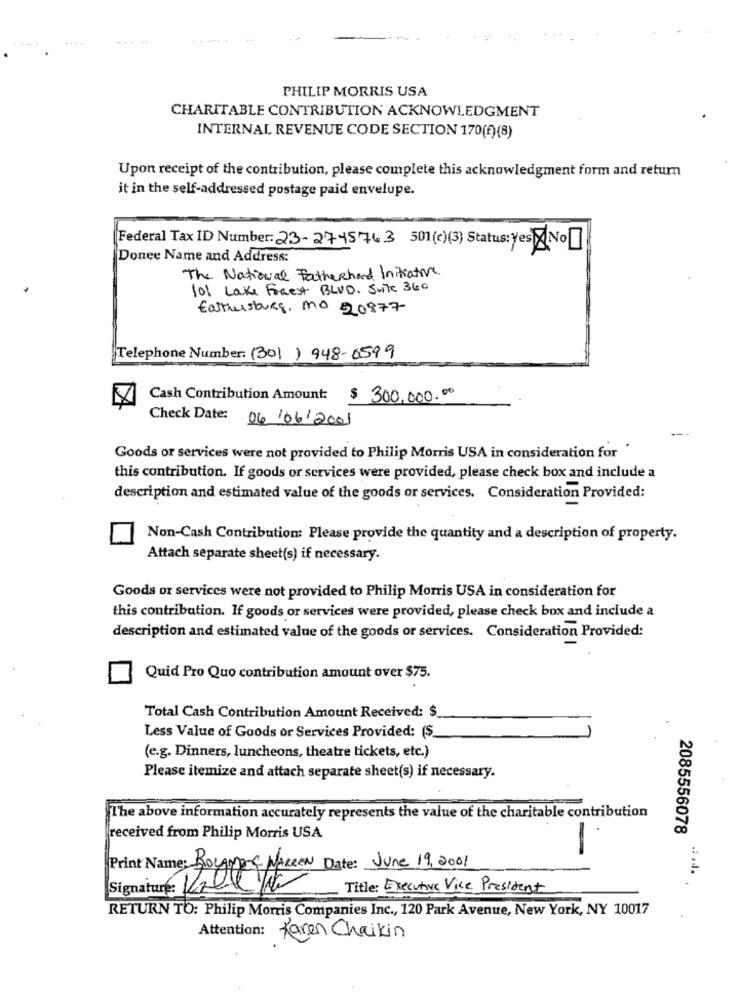
PHILIP MORRIS USA
CHARITABLE CONTRIBUTION ACKNOWLEDGMENT
INTERNAL REVENUE CODE SECTION 170(f) (8)
Upon receipt of the contribution, please complete this acknowledgment form and return
it in the self-addressed postage paid envelope.
Federal Tax ID Number: 23-2745763 501 (c)(3) Status: Yes No
Donee Name and Address:
The National Fatherhard Initiative
101 Lake Forest BLVD. Suite 360
Earthersburg, MO 20877
Telephone Number: (301) 948-6599
Cash Contribution Amount:
$ 300,000.00
Check Date: 06/06/2001
-
Goods or services were not provided to Philip Morris USA in consideration for "
this contribution. If goods or services were provided, please check box and include a
description and estimated value of the goods or services. Consideration Provided:
Non-Cash Contribution: Please provide the quantity and a description of property.
Attach separate sheet(s) if necessary.
Goods or services were not provided to Philip Morris USA in consideration for
this contribution. If goods or services were provided, please check box and include a
description and estimated value of the goods or services. Consideration Provided:
Quid Pro Quo contribution amount over $75.
Total Cash Contribution Amount Received: $
Less Value of Goods or Services Provided: ($.
(e.g. Dinners, luncheons, theatre tickets, etc.)
Please itemize and attach separate sheet(s) if necessary.
The above information accurately represents the value of the charitable contribution
2085556078
received from Philip Morris USA
Print Name: ROLANDC WARREN Date: June 19, 2001
Signature: Kve
Title: Executive Vice President
RETURN TO: Philip Morris Companies Inc ., 120 Park Avenue, New York, NY 10017
Attention: Jaren Chaikin